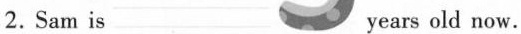
2. Sam is ___ years old now.